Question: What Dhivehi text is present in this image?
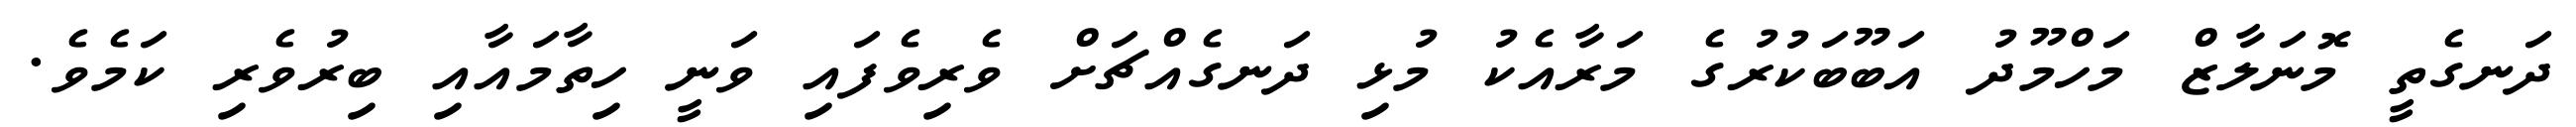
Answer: ދަނގެތީ މޮނަލާޒް މަހްމޫދު އަބޫބަކުރުގެ މަރާއެކު މުޅި ދަނގެއްޗަށް ވެރިވެފައި ވަނީ ހިތާމައާއި ބިރުވެރި ކަމެވެ.